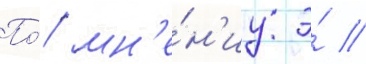
По́ мн'е́н'иу э́ //